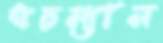
স্কচম্যান